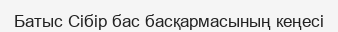
Батыс Сібір бас басқармасының кеңесі